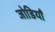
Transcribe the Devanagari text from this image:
जोडियाँ